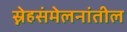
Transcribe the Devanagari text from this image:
स्नेहसंमेलनांतील